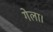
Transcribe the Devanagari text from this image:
गेला।